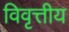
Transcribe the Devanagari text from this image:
विवृत्तीय